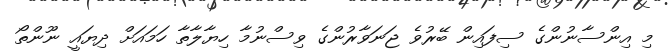
މި އިންސާނުންގެ ސިފައިން ބޭރުވެ ޖަނަވާރުންގެ ވިސްނުމާ ހިޔާލާތާ ހަމައަށް ދިޔައީ ނޫންތޯ